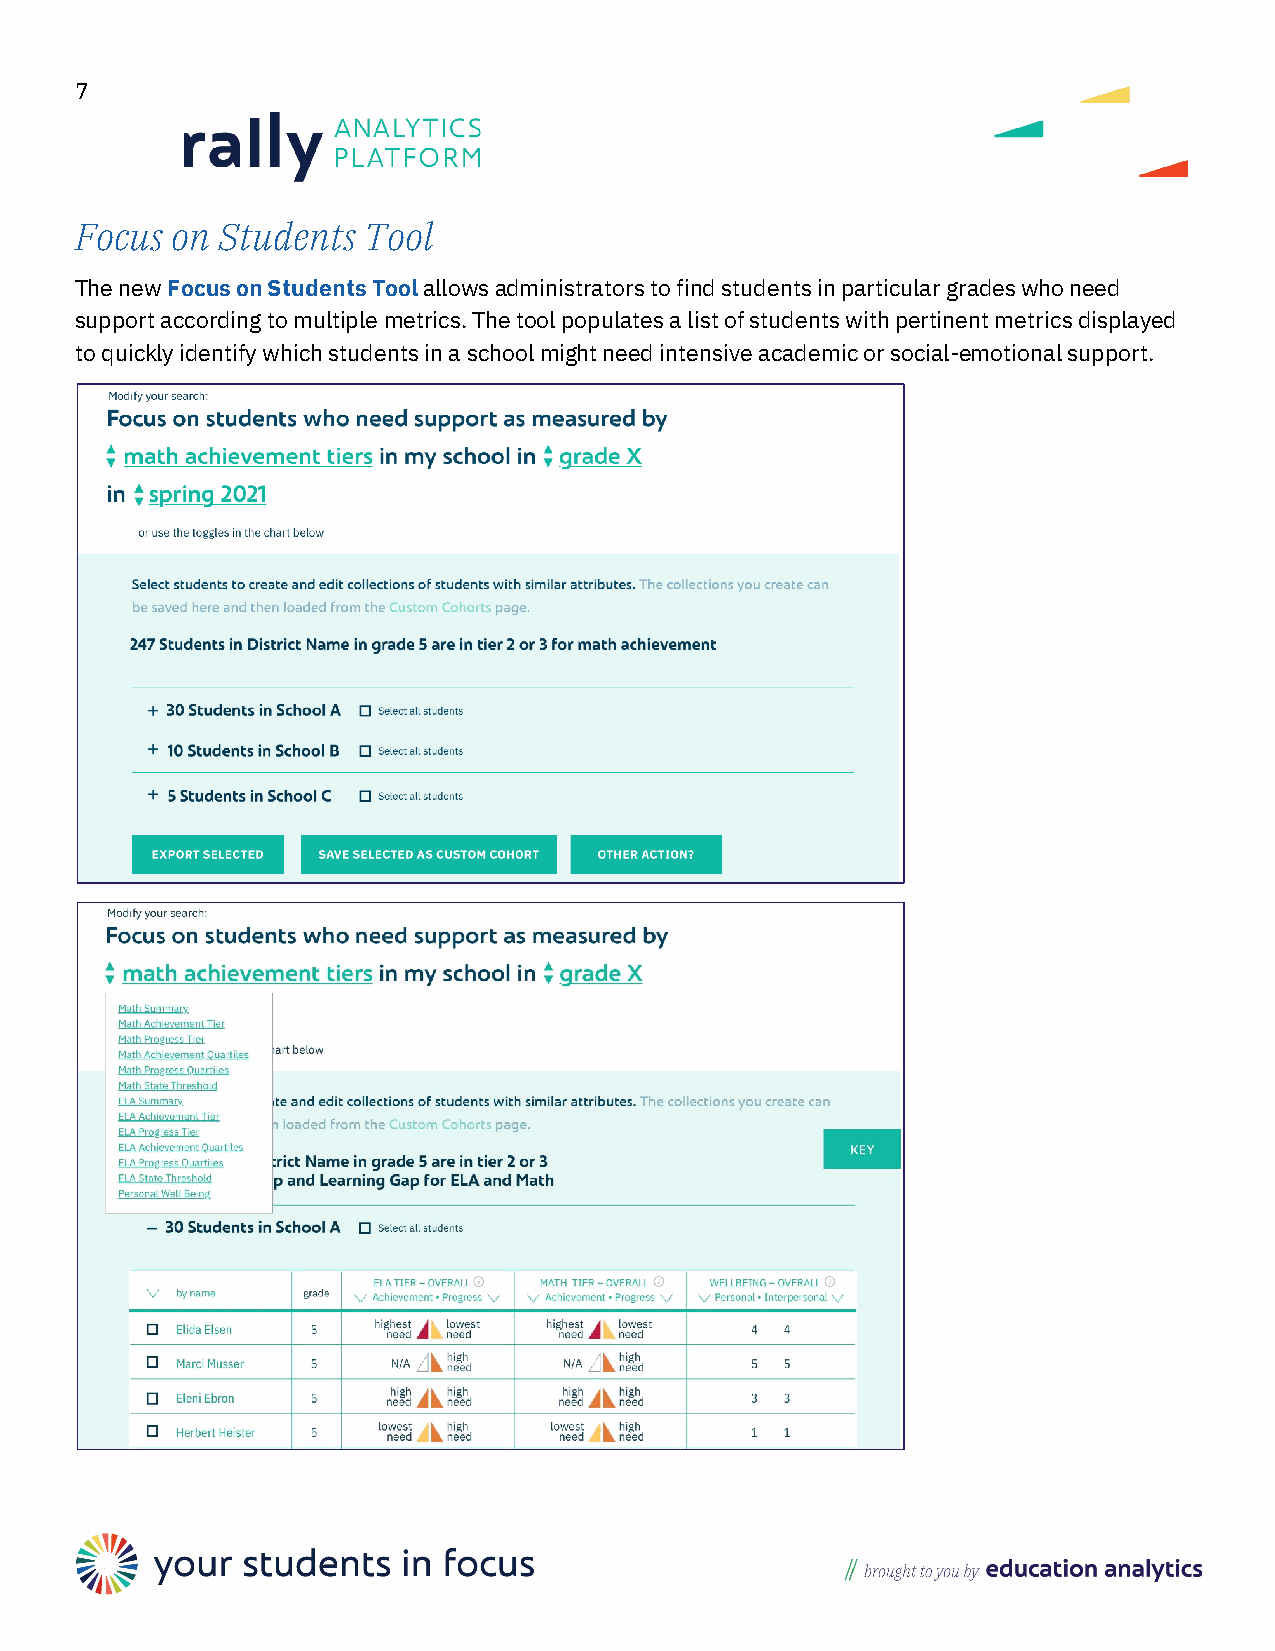
7
 Focus on Students  Tool
 The new Focus on Students Tool allows administrators to find students in particular grades who need
 support according to multiple metrics. The tool populates a list of students with pertinent metrics displayed
 to quickly identify which students in a school might need intensive academic or social-emotional support.